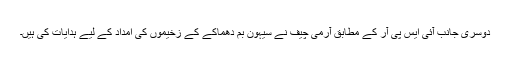
دوسری جانب آئی ایس پی آر کے مطابق آرمی چیف نے سیہون بم دھماکے کے زخیموں کی امداد کے لیے ہدایات کی ہیں۔